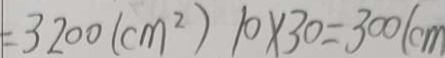
= 3 2 0 0 ( c m ^ { 2 } ) 1 0 \times 3 0 = 3 0 0 ( c m